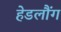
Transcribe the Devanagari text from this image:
हेडलौंग